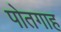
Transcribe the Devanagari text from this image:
पोतगाह